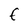
Character: F